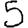
Digit: 5